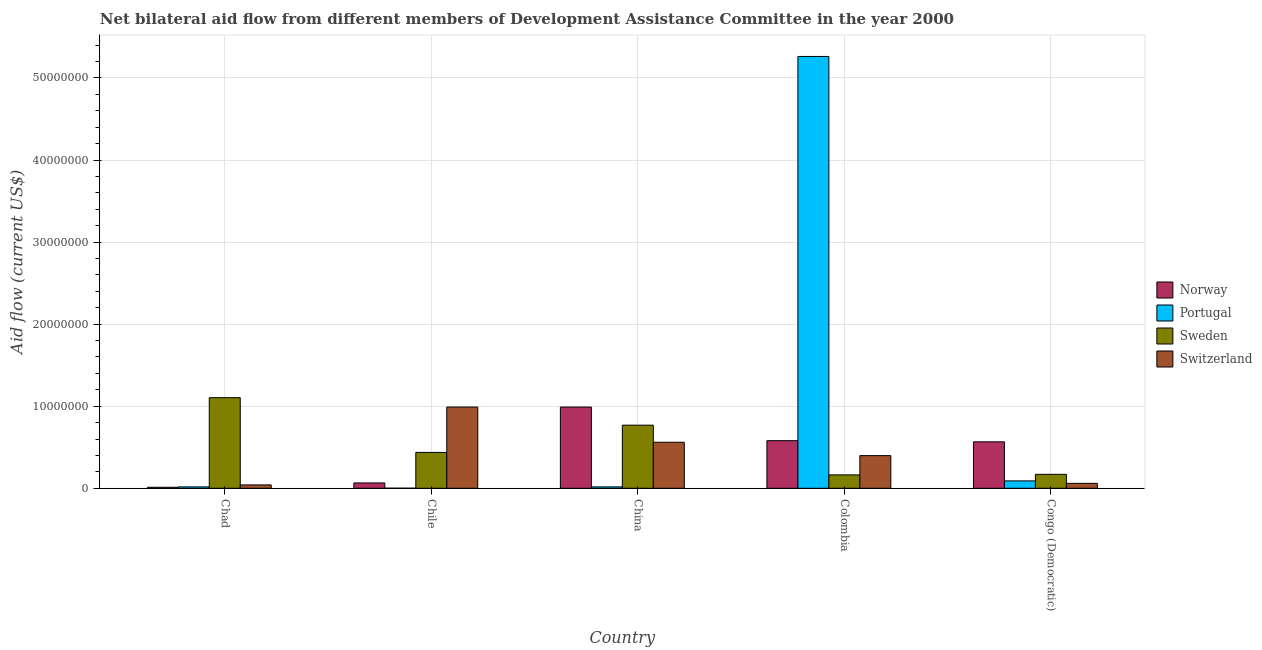
| Country | Norway | Portugal | Sweden | Switzerland |
 | --- | --- | --- | --- | --- |
 | Chad | 1.2e+05 | 1.7e+05 | 1.1e+07 | 4.1e+05 |
 | Chile | 6.5e+05 | 1e+04 | 4.37e+06 | 9.9e+06 |
 | China | 9.9e+06 | 1.7e+05 | 7.69e+06 | 5.61e+06 |
 | Colombia | 5.8e+06 | 5.26e+07 | 1.63e+06 | 3.98e+06 |
 | Congo (Democratic) | 5.66e+06 | 9e+05 | 1.7e+06 | 6e+05 |